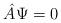
LaTeX: \begin{align*}\hat A \Psi =0\end{align*}